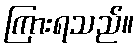
ကြားရသည်။